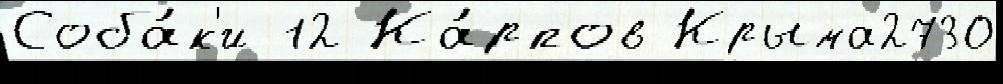
Соба́к'и 12 Ка́рпов Крыма2730